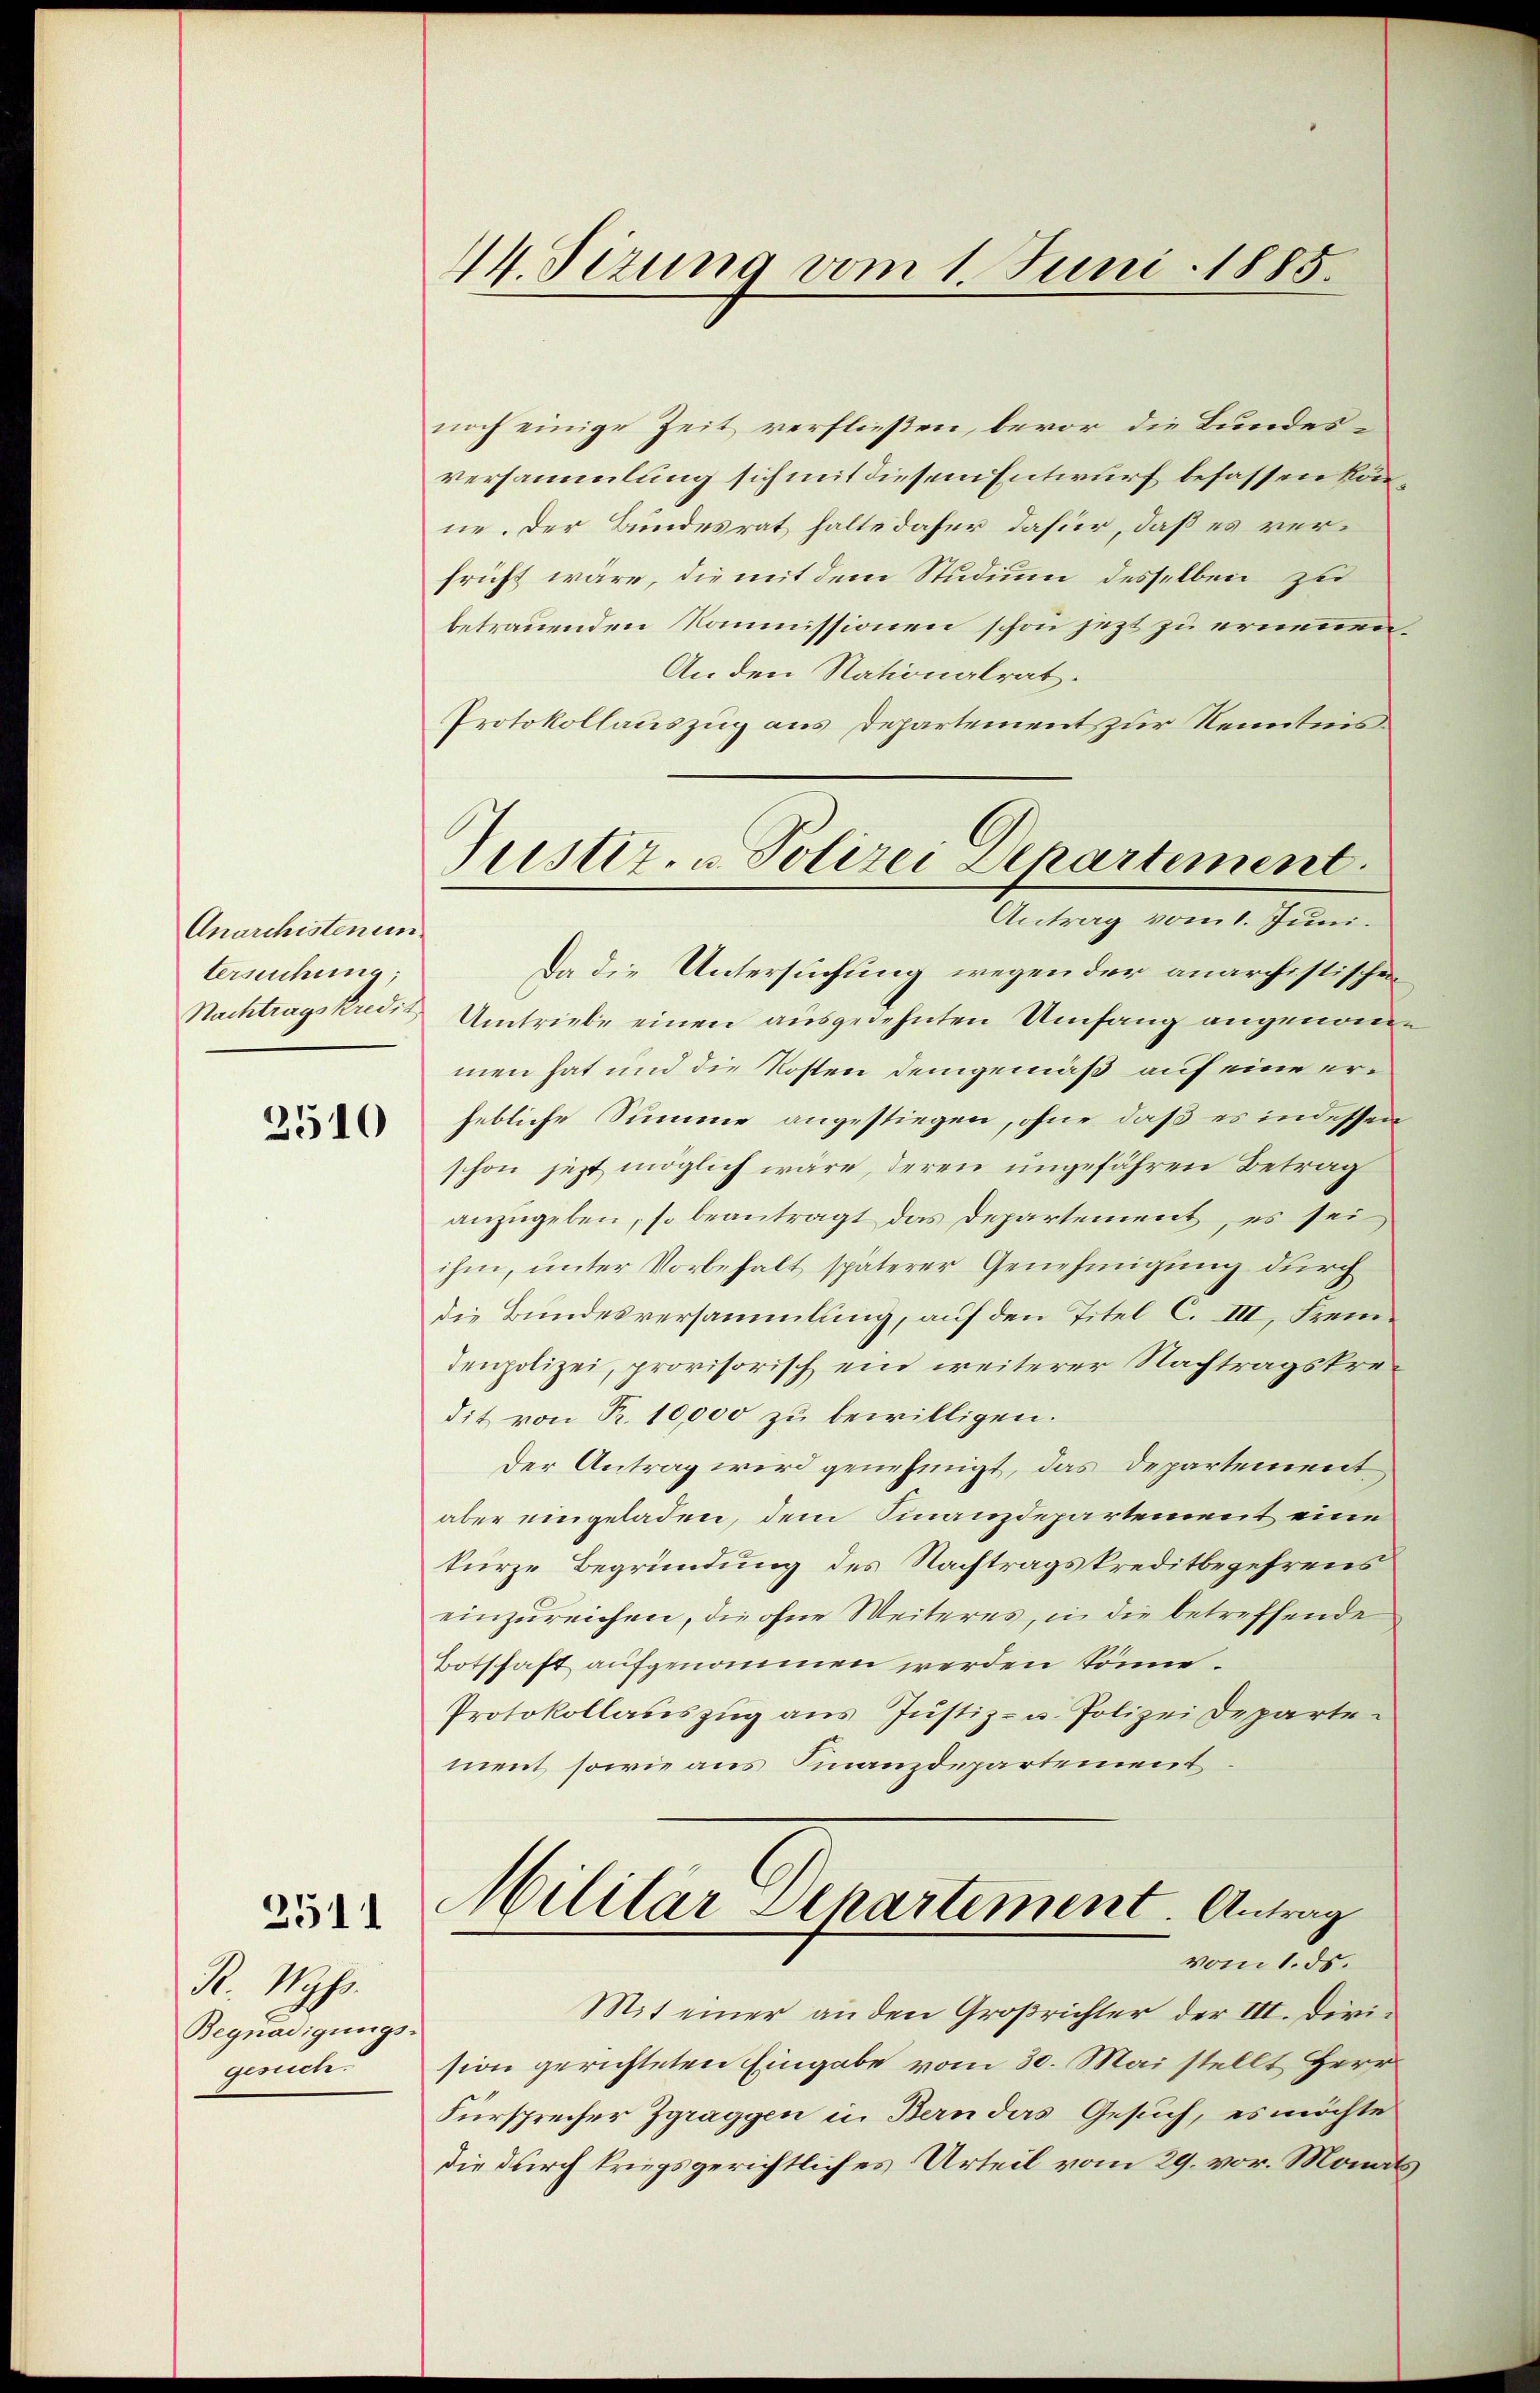
Anarchisten un
tersuchung;

2510

3511

R. Wyss.
Begnadigungs-
gesuch

14. Sizung vom 1. Juni 1885.

noch einige Zeit verfließen, bevor die Bundesversammlung sich mit diesem Entwurf besassen könne. Der Bundesrat halte daher dafür, daß es verfrüht wäre, die mit dem Studium desselben zu
betrauenden Kommissionen schon jezt zu erneuen,
An den Nationalrat.
Protokollauszug aus Departement, zur Kenntnis
Nachtragskredit Umtriebe einen ausgedehnten Umfang angenomme
men hat und die Kosten demgemäß auf eine erhebliche Summe angestiegen, ohne daß es indessen
schon jezt möglich wäre, deren ungefähren Betrag
anzugeben, so beantragt das Departement, es sei
ihm, unter Vorbehalt späterer Genehmigung durch
die Bundesversammlung, auf den Titel C. III, Fremdenpolizei, provisorisch ein weiterer Nachtragskredit von Fr. 10,000 zu bewilligen.
der Antrag wird genehmigt, das Departement
aber eingeladen, dem Finanzdepartement eine
kurze Begründung des Nachtragskreditbegehrens
einzureichen, die ohne Weiteres, in die betreffende
Botschaft aufgenommen werden könne.
Protokollauszug aus Justiz- u. Polizei Departe
ment sowie aus Finanzdepartement
Militär Departement. Antrag
vom 1. ds.
Mit einer an den Großrichter der III. Division gerichteten Eingabe vom 30. Mai stellt Herr
Fürsprecher Zgraggen in Bern das Gesuch, es möchte
die durch kriegsgerichtliches Urteil vom 29. vor. Monats

Justiz- u. Polizei Departement.
Antrag vom 1. Juni.
Da die Untersuchung wegen der anarchistischen